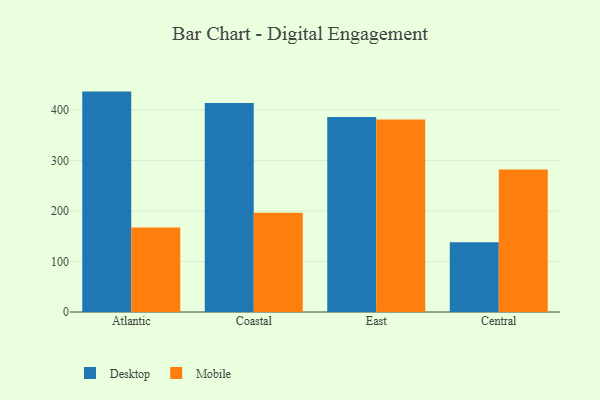
{"axis": {"x": "Region", "y": "Satisfaction Score"}, "legend": ["Desktop", "Mobile"], "data": [{"x": "Atlantic", "y": 436.5, "type": "Desktop"}, {"x": "Atlantic", "y": 167.5, "type": "Mobile"}, {"x": "Coastal", "y": 413.7, "type": "Desktop"}, {"x": "Coastal", "y": 196.4, "type": "Mobile"}, {"x": "East", "y": 386.1, "type": "Desktop"}, {"x": "East", "y": 381.4, "type": "Mobile"}, {"x": "Central", "y": 137.9, "type": "Desktop"}, {"x": "Central", "y": 282.0, "type": "Mobile"}]}